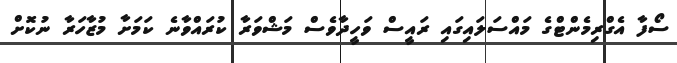
ސޯފާ އެގްރިމެންޓްގެ މައްސަލައިގައި ރައީސް ވަހީދާވެސް މަޝްވަރާ ކުރައްވާނެ ކަމަށާ މުޒާހަރާ ނުކޮށް